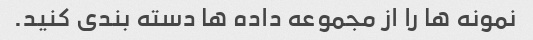
نمونه ها را از مجموعه داده ها دسته بندی کنید.